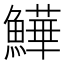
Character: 𩻮